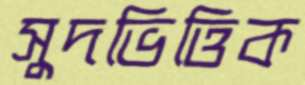
সুদভিত্তিক